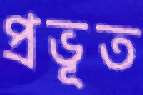
প্রভূত